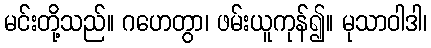
မင်းတို့သည်။ ဂဟေတွာ၊ ဖမ်းယူကုန်၍။ မုသာဝါဒါ၊